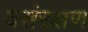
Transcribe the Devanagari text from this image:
वसंरक्षण